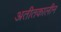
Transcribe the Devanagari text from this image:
अतीतकालीन